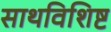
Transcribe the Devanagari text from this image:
साथविशिष्ट